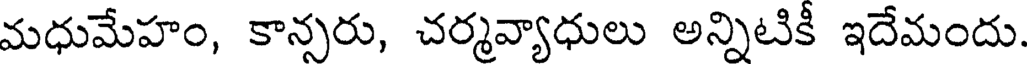
మధుమేహం, కాన్సరు, చర్మవ్యాధులు అన్నిటికీ ఇదేమందు